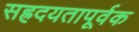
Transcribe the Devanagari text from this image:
सह्रदयतापूर्वक